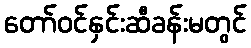
တော်ဝင်နှင်းဆီခန်းမတွင်